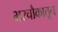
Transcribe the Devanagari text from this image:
भरचौकातून